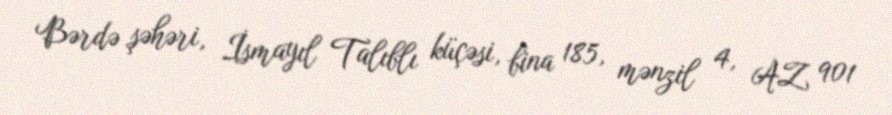
Bərdə şəhəri, İsmayıl Talıblı küçəsi, bina 185, mənzil 4, AZ 901